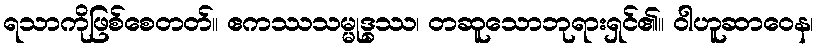
ရသာကိုဖြစ်စေတတ်။ ဧကဿသမ္မုဒ္ဓဿ၊ တဆူသောဘုရားရှင်၏။ ဝါဟူဆာဝေန၊